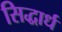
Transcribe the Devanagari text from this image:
सिद्धार्ध